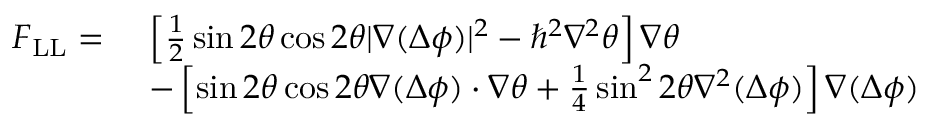
\begin{array} { r l } { \boldsymbol { F } _ { \mathrm { L L } } = \ } & { \left[ \frac { 1 } { 2 } \sin 2 \theta \cos 2 \theta | \boldsymbol { \nabla } ( \Delta \phi ) | ^ { 2 } - { \hbar } ^ { 2 } \nabla ^ { 2 } \theta \right] \boldsymbol { \nabla } \theta } \\ & { - \left[ \sin 2 \theta \cos 2 \theta \boldsymbol { \nabla } ( \Delta \phi ) \cdot \boldsymbol { \nabla } \theta + \frac 1 4 \sin ^ { 2 } 2 \theta \nabla ^ { 2 } ( \Delta \phi ) \right] \boldsymbol { \nabla } ( \Delta \phi ) } \end{array}